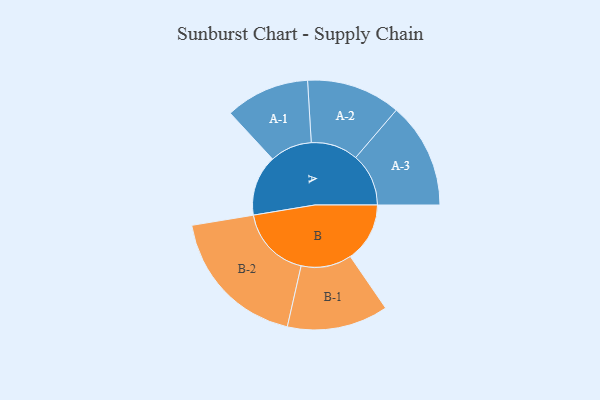
{"axis": {"x": "Segment", "y": "Value"}, "legend": ["", "A", "B"], "data": [{"x": "A", "y": 157, "type": ""}, {"x": "B", "y": 154, "type": ""}, {"x": "A-1", "y": 109, "type": "A"}, {"x": "A-2", "y": 122, "type": "A"}, {"x": "A-3", "y": 137, "type": "A"}, {"x": "B-1", "y": 131, "type": "B"}, {"x": "B-2", "y": 188, "type": "B"}]}